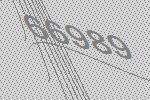
66989